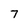
Character: 7